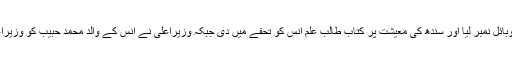
مراد علی شاہ نے طالب علم کا موبائل نمبر لیا اور سندھ کی معیشت پر کتاب طالب علم انس کو تحفے میں دی جبکہ وزیراعلیٰ نے انس کے والد محمد حبیب کو وزیراعلیٰ ہاؤس کی شیلڈ بھی پیش کی۔